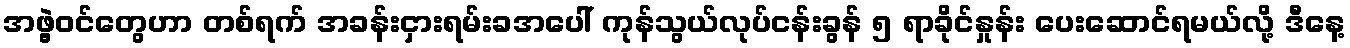
အဖွဲ့ဝင်တွေဟာ တစ်ရက် အခန်းငှားရမ်းခအပေါ် ကုန်သွယ်လုပ်ငန်းခွန် ၅ ရာခိုင်နှုန်း ပေးဆောင်ရမယ်လို့ ဒီနေ့